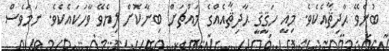
ބުނެވޭ ޙާދިޘާއެކެވެ. މިއީ ހަޤީޤީ ޙާދިޘާއެއްގެ މައްޗަށް ބިނާކޮށް ލިޔެވޭ ވާހަކައެކެވެ. ނަމަވެސް